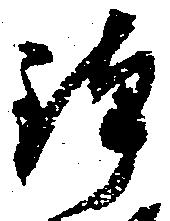
鉢